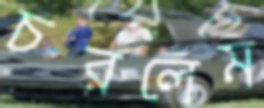
চরলেম